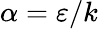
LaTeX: \alpha=\varepsilon/k